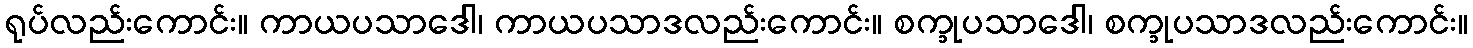
ရုပ်လည်းကောင်း။ ကာယပသာဒေါ၊ ကာယပသာဒလည်းကောင်း။ စက္ခုပသာဒေါ၊ စက္ခုပသာဒလည်းကောင်း။